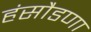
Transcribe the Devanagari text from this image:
हंसौडणा